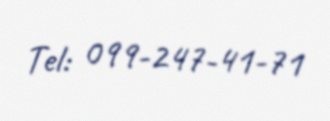
Tel: 099-247-41-71